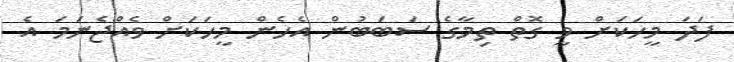
ފަދަ މީހަކަށް ވީ ގޮތް ތިމާގެ ސަބަބުން އެހެން މީހަކަށް ވެއްޖެނަމަ އެ